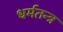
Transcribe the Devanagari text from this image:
धर्मतन्त्र